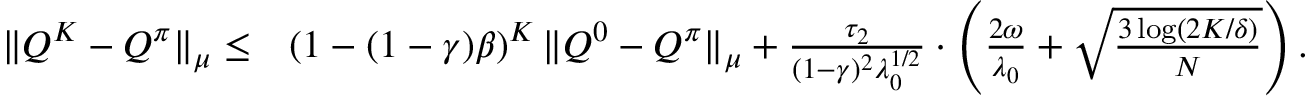
\begin{array} { r l } { \| Q ^ { K } - Q ^ { \pi } \| _ { \mu } \leq } & { \left( 1 - ( 1 - \gamma ) \beta \right) ^ { K } \| Q ^ { 0 } - Q ^ { \pi } \| _ { \mu } + \frac { \tau _ { 2 } } { ( 1 - \gamma ) ^ { 2 } \lambda _ { 0 } ^ { 1 / 2 } } \cdot \left( \frac { 2 \omega } { \lambda _ { 0 } } + \sqrt { \frac { 3 \log ( 2 K / \delta ) } { N } } \right) . } \end{array}